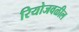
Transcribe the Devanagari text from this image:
रियोजवळील